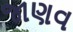
જાણવ